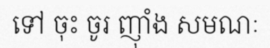
ទៅ ចុះ ចូរ ញ៉ាំង សមណៈ